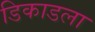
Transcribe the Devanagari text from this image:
डिकाडला